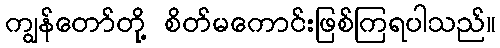
ကျွန်တော်တို့ စိတ်မကောင်းဖြစ်ကြရပါသည်။